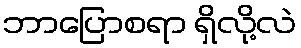
ဘာပြောစရာ ရှိလို့လဲ